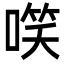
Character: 㗛